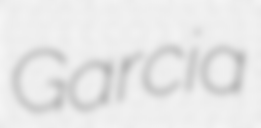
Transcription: Garcia